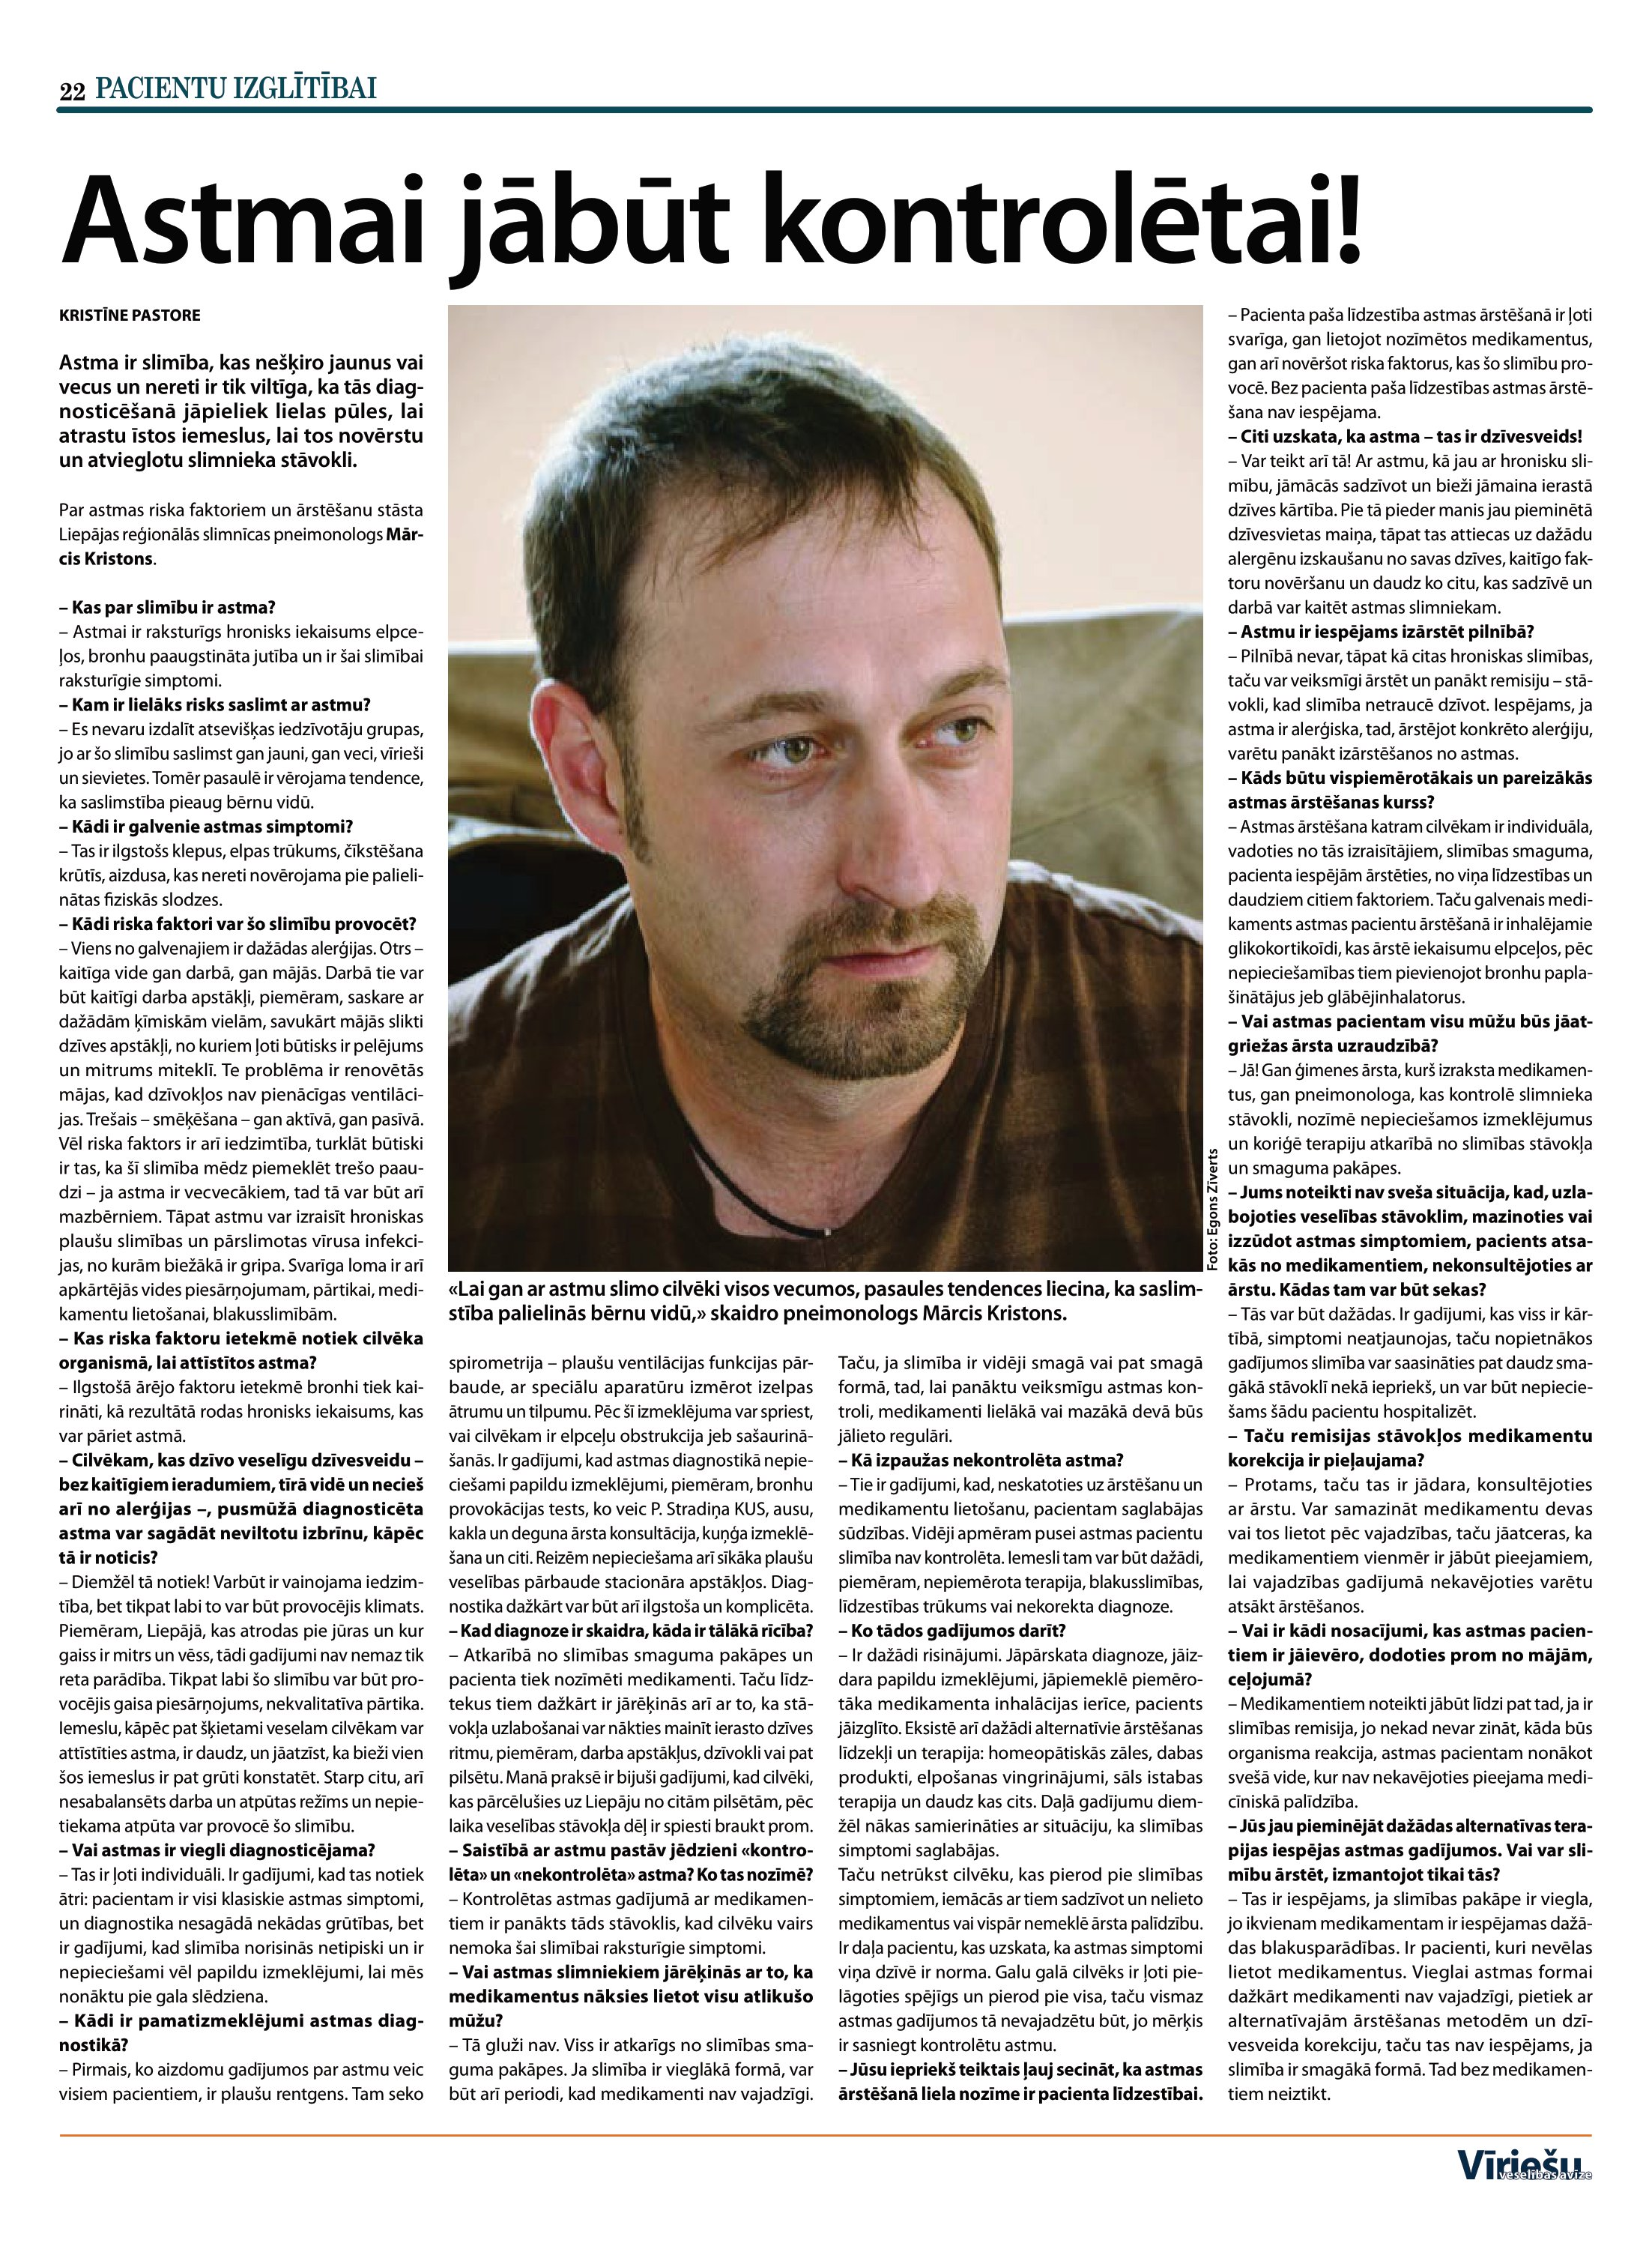
Language: lv